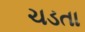
ચડતા